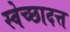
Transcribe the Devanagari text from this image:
स्वेच्छादत्त